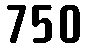
750